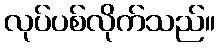
လုပ်ပစ်လိုက်သည်။